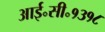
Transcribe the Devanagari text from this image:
आई॰सी॰१३१८